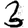
Digit: 3